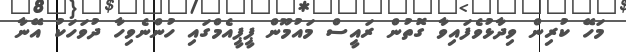
މަހޭ ކުރިން ވިދާޅުވެފައިވާ ގޮތުން ރައީސް މައުމޫން ޕީޕީއެމްގައި ހުންނެވިހާ ދުވަހަކު އޭނާ